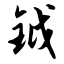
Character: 钺